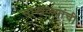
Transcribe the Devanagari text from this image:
साखळ्यांची